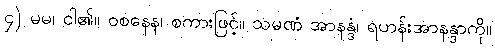
၄) မမ၊ ငါ၏။ ဝစနေန၊ စကားဖြင့်။ သမဏံ အာနန္ဒံ၊ ရဟန်းအာနန္ဒာကို။